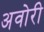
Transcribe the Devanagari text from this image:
अवोरी